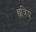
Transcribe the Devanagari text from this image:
छत्रिय